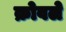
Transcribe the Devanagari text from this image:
क्रोवले